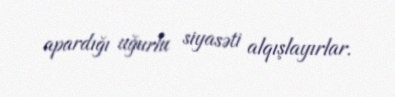
apardığı uğurlu siyasəti alqışlayırlar.